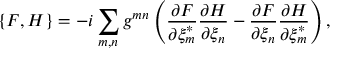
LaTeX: \{ F , H \} = - i \sum _ { m , n } g ^ { m n } \left( \frac { \partial F } { \partial \xi _ { m } ^ { * } } \frac { \partial H } { \partial \xi _ { n } } - \frac { \partial F } { \partial \xi _ { n } } \frac { \partial H } { \partial \xi _ { m } ^ { * } } \right) ,